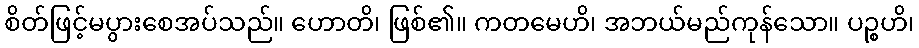
စိတ်ဖြင့်မပွားစေအပ်သည်။ ဟောတိ၊ ဖြစ်၏။ ကတမေဟိ၊ အဘယ်မည်ကုန်သော။ ပဉ္စဟိ၊